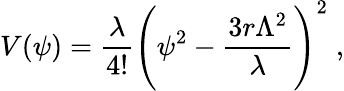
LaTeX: V(\psi)={\frac{\lambda}{4!}}\Biggl(\psi^{2}-{\frac{3r\Lambda^{2}}{\lambda}}\Biggr)^{2}\; ,